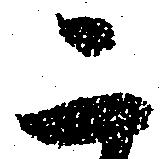
二